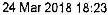
24 MAR 2018 18:23